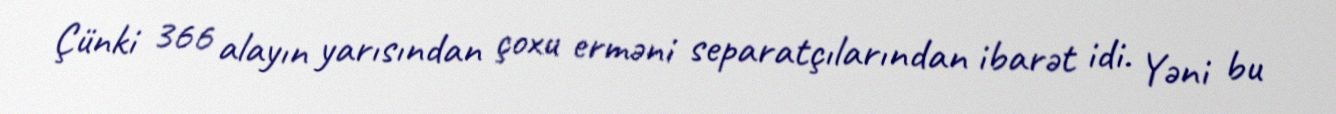
Çünki 366 alayın yarısından çoxu erməni separatçılarından ibarət idi. Yəni bu